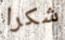
شكرا